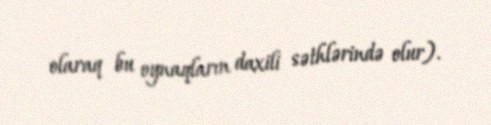
olaraq bu oynaqların daxili səthlərində olur).